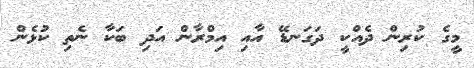
މީގެ ކުރިން ދެއްކީ ދަގަނޑޭ އާއި އިމްރާން އަދި ބަކާ ނެތި ކުޅެން